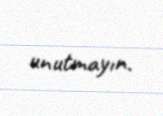
unutmayın.